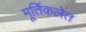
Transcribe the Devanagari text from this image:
मूर्तिकलेत